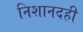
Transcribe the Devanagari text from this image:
निशानदही